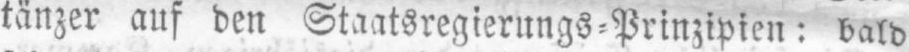
tänzer auf den Staatsregierungs⸗Prinzipien: bald